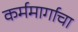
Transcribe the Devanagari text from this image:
कर्ममार्गाचा